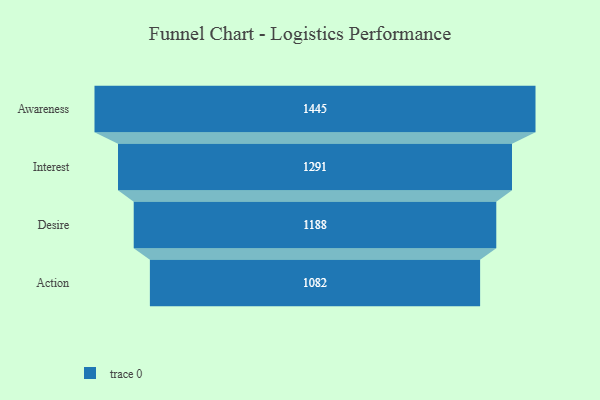
{"axis": {"x": "Stage", "y": "Value"}, "legend": [""], "data": [{"x": "Awareness", "y": 1445.0, "type": ""}, {"x": "Interest", "y": 1291.0, "type": ""}, {"x": "Desire", "y": 1188.0, "type": ""}, {"x": "Action", "y": 1082.0, "type": ""}]}